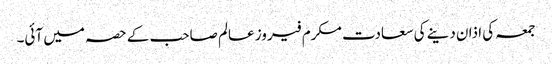
جمعہ کی اذان دینے کی سعادت مکرم فیروز عالم صاحب کے حصہ میں آئی۔